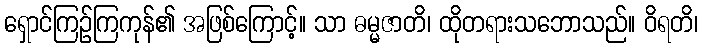
ရှောင်ကြဉ်ကြကုန်၏ အဖြစ်ကြောင့်။ သာ ဓမ္မဇာတိ၊ ထိုတရားသဘောသည်။ ဝိရတိ၊